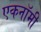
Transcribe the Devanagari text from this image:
एकनॉमी